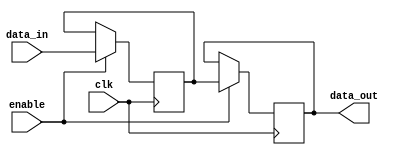
module disable_block (
    input wire clk,              // Clock signal
    input wire enable,           // Control signal to enable/disable the block
    input wire [7:0] data_in,    // Input data
    output reg [7:0] data_out    // Output data
);

    // Internal state variable
    reg [7:0] internal_state;

    always @(posedge clk) begin
        if (enable) begin
            // Normal operation: update internal state and output
            internal_state <= data_in; // Example operation
            data_out <= internal_state; // Update output
        end
        // If not enabled, retain the previous output value
    end

endmodule